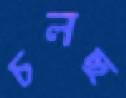
চলছ